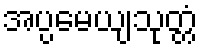
အပ္ပမေယျသုတ္တံ